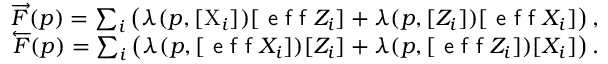
\begin{array} { r } { \overrightarrow { F } ( p ) = \sum _ { i } \left( \lambda ( p , [ \mathrm { X } _ { i } ] ) [ \textsf { e f f } Z _ { i } ] + \lambda ( p , [ Z _ { i } ] ) [ \textsf { e f f } X _ { i } ] \right) , } \\ { \overleftarrow { F } ( p ) = \sum _ { i } \left( \lambda ( p , [ \textsf { e f f } X _ { i } ] ) [ Z _ { i } ] + \lambda ( p , [ \textsf { e f f } Z _ { i } ] ) [ X _ { i } ] \right) . } \end{array}